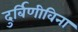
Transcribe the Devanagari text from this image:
दुर्बिणीविना